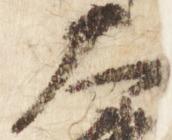
大